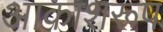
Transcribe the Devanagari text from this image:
आकाशरूप